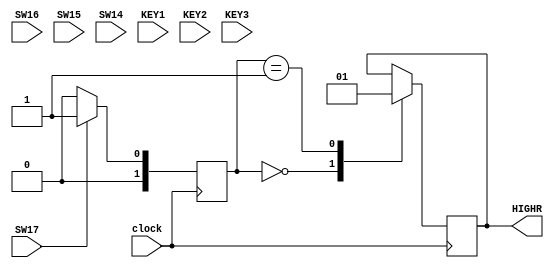
module RelogioDigital(clock, SW17, SW16, SW15, SW14, KEY1, KEY2, KEY3, HIGHR);
input clock;
input SW17, SW16, SW15, SW14;
input KEY1, KEY2, KEY3;
output reg HIGHR;
reg [1:0]modo;
reg [3:0]estado;
reg [32:0] hora, minuto, segundo;
// modo 0 = relogio		:	estado 0 = seta horas		
// modo 1 = cronometro	:	estado 1 = seta minutos
//						:	estado 2 = seta segundos


always @(posedge clock) begin
	if(SW17 == 1)
		modo = 1 ;
	else if(SW17 == 0)
		modo = 0 ;			
	
	if(modo == 1 && SW16==0)
		estado = 0;
	else if((modo == 1 && SW15==0))
		estado = 1;
	else if((modo == 1 && SW14==0)) begin
		segundo = 0;
		estado = 2;	
	end	
end

always @ (posedge KEY1) begin
	case(estado)
		0 : hora <= hora+1;
		1 : minuto <= minuto + 1;
	endcase
end

always @ (posedge KEY2) begin
	case(estado)
		0 : hora <= hora - 1;
		1 : minuto <= minuto - 1;
	endcase
end
always @(posedge clock) begin
	case(modo)
		0 : HIGHR <= 0;
		1 : HIGHR <= 1;
	endcase		
end
endmodule